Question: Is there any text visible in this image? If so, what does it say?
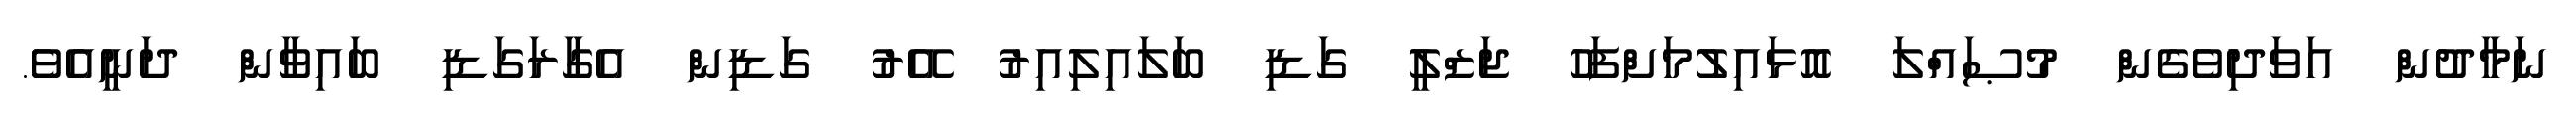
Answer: ނަމާދުން އަވަދިވެގެން މުޞައްލަ އޮޅައިލުމަށްފަހު ޖަޒްލީ ގަޑި ބަލައިލިއިރު އޭރު ގަޑިން އެގާރަގަޑި ބައިވާން ދަނީއެވެ.